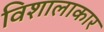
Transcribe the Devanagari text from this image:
विशालाकार